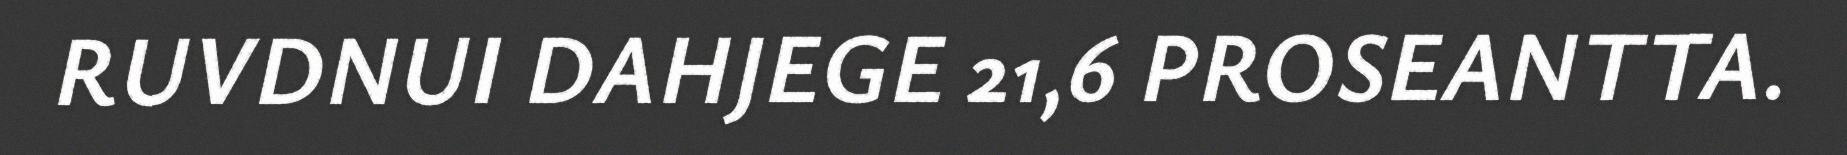
RUVDNUI DAHJEGE 21,6 PROSEANTTA.